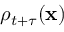
\rho _ { t + \tau } ( \mathbf { x } )